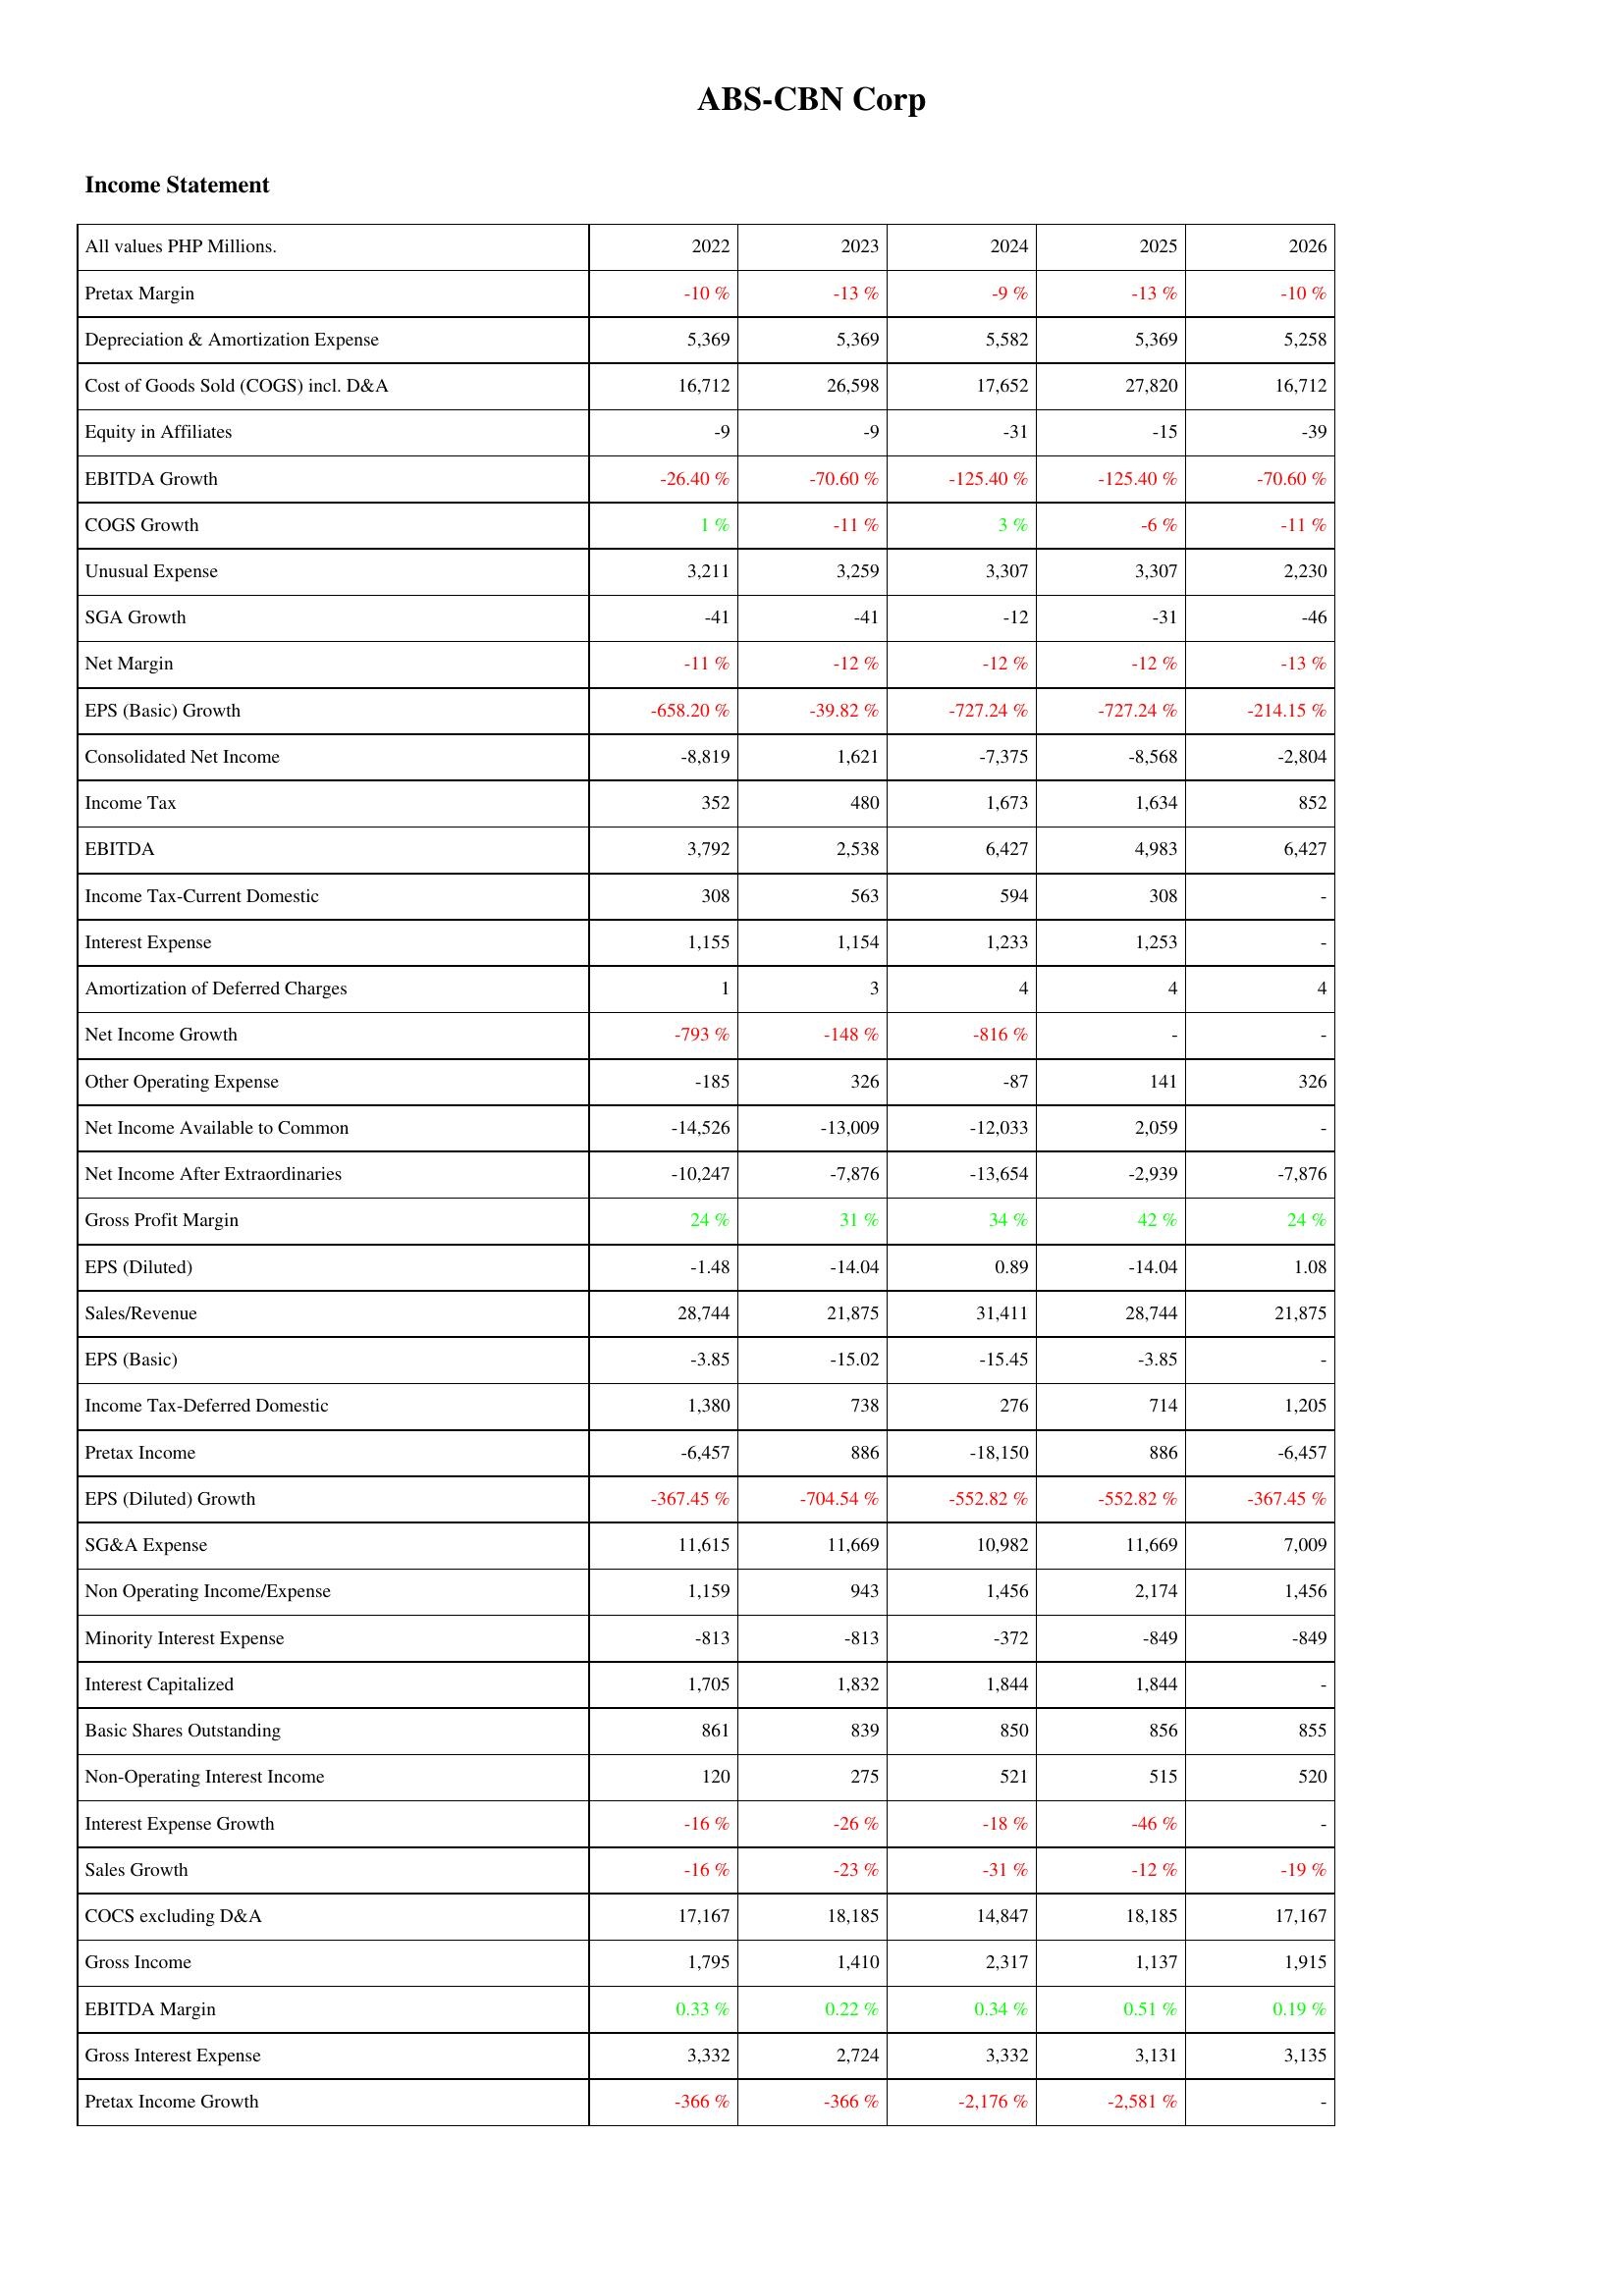
2022: Income Statement: Pretax Margin: -10 %
Depreciation & Amortization Expense: 5,369
Cost of Goods Sold (COGS) incl. D&A: 16,712
Equity in Affiliates: -9
EBITDA Growth: -26.40 %
COGS Growth: 1 %
Unusual Expense: 3,211
SGA Growth: -41
Net Margin: -11 %
EPS (Basic) Growth: -658.20 %
Consolidated Net Income: -8,819
Income Tax: 352
EBITDA: 3,792
Income Tax-Current Domestic: 308
Interest Expense: 1,155
Amortization of Deferred Charges: 1
Net Income Growth: -793 %
Other Operating Expense: -185
Net Income Available to Common: -14,526
Net Income After Extraordinaries: -10,247
Gross Profit Margin: 24 %
EPS (Diluted): -1.48
Sales/Revenue: 28,744
EPS (Basic): -3.85
Income Tax-Deferred Domestic: 1,380
Pretax Income: -6,457
EPS (Diluted) Growth: -367.45 %
SG&A Expense: 11,615
Non Operating Income/Expense: 1,159
Minority Interest Expense: -813
Interest Capitalized: 1,705
Basic Shares Outstanding: 861
Non-Operating Interest Income: 120
Interest Expense Growth: -16 %
Sales Growth: -16 %
COCS excluding D&A: 17,167
Gross Income: 1,795
EBITDA Margin: 0.33 %
Gross Interest Expense: 3,332
Pretax Income Growth: -366 %
2023: Income Statement: Pretax Margin: -13 %
Depreciation & Amortization Expense: 5,369
Cost of Goods Sold (COGS) incl. D&A: 26,598
Equity in Affiliates: -9
EBITDA Growth: -70.60 %
COGS Growth: -11 %
Unusual Expense: 3,259
SGA Growth: -41
Net Margin: -12 %
EPS (Basic) Growth: -39.82 %
Consolidated Net Income: 1,621
Income Tax: 480
EBITDA: 2,538
Income Tax-Current Domestic: 563
Interest Expense: 1,154
Amortization of Deferred Charges: 3
Net Income Growth: -148 %
Other Operating Expense: 326
Net Income Available to Common: -13,009
Net Income After Extraordinaries: -7,876
Gross Profit Margin: 31 %
EPS (Diluted): -14.04
Sales/Revenue: 21,875
EPS (Basic): -15.02
Income Tax-Deferred Domestic: 738
Pretax Income: 886
EPS (Diluted) Growth: -704.54 %
SG&A Expense: 11,669
Non Operating Income/Expense: 943
Minority Interest Expense: -813
Interest Capitalized: 1,832
Basic Shares Outstanding: 839
Non-Operating Interest Income: 275
Interest Expense Growth: -26 %
Sales Growth: -23 %
COCS excluding D&A: 18,185
Gross Income: 1,410
EBITDA Margin: 0.22 %
Gross Interest Expense: 2,724
Pretax Income Growth: -366 %
2024: Income Statement: Pretax Margin: -9 %
Depreciation & Amortization Expense: 5,582
Cost of Goods Sold (COGS) incl. D&A: 17,652
Equity in Affiliates: -31
EBITDA Growth: -125.40 %
COGS Growth: 3 %
Unusual Expense: 3,307
SGA Growth: -12
Net Margin: -12 %
EPS (Basic) Growth: -727.24 %
Consolidated Net Income: -7,375
Income Tax: 1,673
EBITDA: 6,427
Income Tax-Current Domestic: 594
Interest Expense: 1,233
Amortization of Deferred Charges: 4
Net Income Growth: -816 %
Other Operating Expense: -87
Net Income Available to Common: -12,033
Net Income After Extraordinaries: -13,654
Gross Profit Margin: 34 %
EPS (Diluted): 0.89
Sales/Revenue: 31,411
EPS (Basic): -15.45
Income Tax-Deferred Domestic: 276
Pretax Income: -18,150
EPS (Diluted) Growth: -552.82 %
SG&A Expense: 10,982
Non Operating Income/Expense: 1,456
Minority Interest Expense: -372
Interest Capitalized: 1,844
Basic Shares Outstanding: 850
Non-Operating Interest Income: 521
Interest Expense Growth: -18 %
Sales Growth: -31 %
COCS excluding D&A: 14,847
Gross Income: 2,317
EBITDA Margin: 0.34 %
Gross Interest Expense: 3,332
Pretax Income Growth: -2,176 %
2025: Income Statement: Pretax Margin: -13 %
Depreciation & Amortization Expense: 5,369
Cost of Goods Sold (COGS) incl. D&A: 27,820
Equity in Affiliates: -15
EBITDA Growth: -125.40 %
COGS Growth: -6 %
Unusual Expense: 3,307
SGA Growth: -31
Net Margin: -12 %
EPS (Basic) Growth: -727.24 %
Consolidated Net Income: -8,568
Income Tax: 1,634
EBITDA: 4,983
Income Tax-Current Domestic: 308
Interest Expense: 1,253
Amortization of Deferred Charges: 4
Net Income Growth: -
Other Operating Expense: 141
Net Income Available to Common: 2,059
Net Income After Extraordinaries: -2,939
Gross Profit Margin: 42 %
EPS (Diluted): -14.04
Sales/Revenue: 28,744
EPS (Basic): -3.85
Income Tax-Deferred Domestic: 714
Pretax Income: 886
EPS (Diluted) Growth: -552.82 %
SG&A Expense: 11,669
Non Operating Income/Expense: 2,174
Minority Interest Expense: -849
Interest Capitalized: 1,844
Basic Shares Outstanding: 856
Non-Operating Interest Income: 515
Interest Expense Growth: -46 %
Sales Growth: -12 %
COCS excluding D&A: 18,185
Gross Income: 1,137
EBITDA Margin: 0.51 %
Gross Interest Expense: 3,131
Pretax Income Growth: -2,581 %
2026: Income Statement: Pretax Margin: -10 %
Depreciation & Amortization Expense: 5,258
Cost of Goods Sold (COGS) incl. D&A: 16,712
Equity in Affiliates: -39
EBITDA Growth: -70.60 %
COGS Growth: -11 %
Unusual Expense: 2,230
SGA Growth: -46
Net Margin: -13 %
EPS (Basic) Growth: -214.15 %
Consolidated Net Income: -2,804
Income Tax: 852
EBITDA: 6,427
Income Tax-Current Domestic: -
Interest Expense: -
Amortization of Deferred Charges: 4
Net Income Growth: -
Other Operating Expense: 326
Net Income Available to Common: -
Net Income After Extraordinaries: -7,876
Gross Profit Margin: 24 %
EPS (Diluted): 1.08
Sales/Revenue: 21,875
EPS (Basic): -
Income Tax-Deferred Domestic: 1,205
Pretax Income: -6,457
EPS (Diluted) Growth: -367.45 %
SG&A Expense: 7,009
Non Operating Income/Expense: 1,456
Minority Interest Expense: -849
Interest Capitalized: -
Basic Shares Outstanding: 855
Non-Operating Interest Income: 520
Interest Expense Growth: -
Sales Growth: -19 %
COCS excluding D&A: 17,167
Gross Income: 1,915
EBITDA Margin: 0.19 %
Gross Interest Expense: 3,135
Pretax Income Growth: -